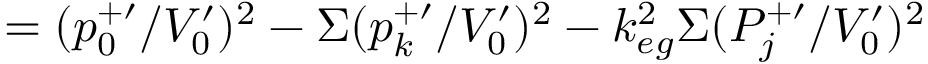
= ( p _ { 0 } ^ { + \prime } / V _ { 0 } ^ { \prime } ) ^ { 2 } - \Sigma ( p _ { k } ^ { + \prime } / V _ { 0 } ^ { \prime } ) ^ { 2 } - k _ { e g } ^ { 2 } \Sigma ( P _ { j } ^ { + \prime } / V _ { 0 } ^ { \prime } ) ^ { 2 }